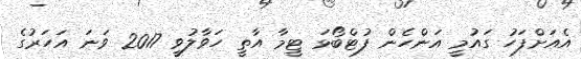
އެއަށްފަހު ގައުމީ އަންހެން ފުޓްބޯޅަ ޓީމާ އާތީ ހަވާލުވީ 2017 ވަނަ އަހަރުގެ